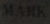
MAHK